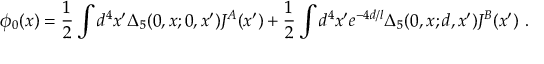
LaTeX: \phi _ { 0 } ( x ) = { \frac { 1 } { 2 } } \int d ^ { 4 } x ^ { \prime } \Delta _ { 5 } ( 0 , x ; 0 , x ^ { \prime } ) J ^ { A } ( x ^ { \prime } ) + { \frac { 1 } { 2 } } \int d ^ { 4 } x ^ { \prime } e ^ { - 4 d / l } \Delta _ { 5 } ( 0 , x ; d , x ^ { \prime } ) J ^ { B } ( x ^ { \prime } ) \ .